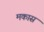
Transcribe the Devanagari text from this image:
मकास